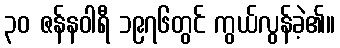
၃၀ ဇန်နဝါရီ ၁၉၇၆တွင် ကွယ်လွန်ခဲ့၏။